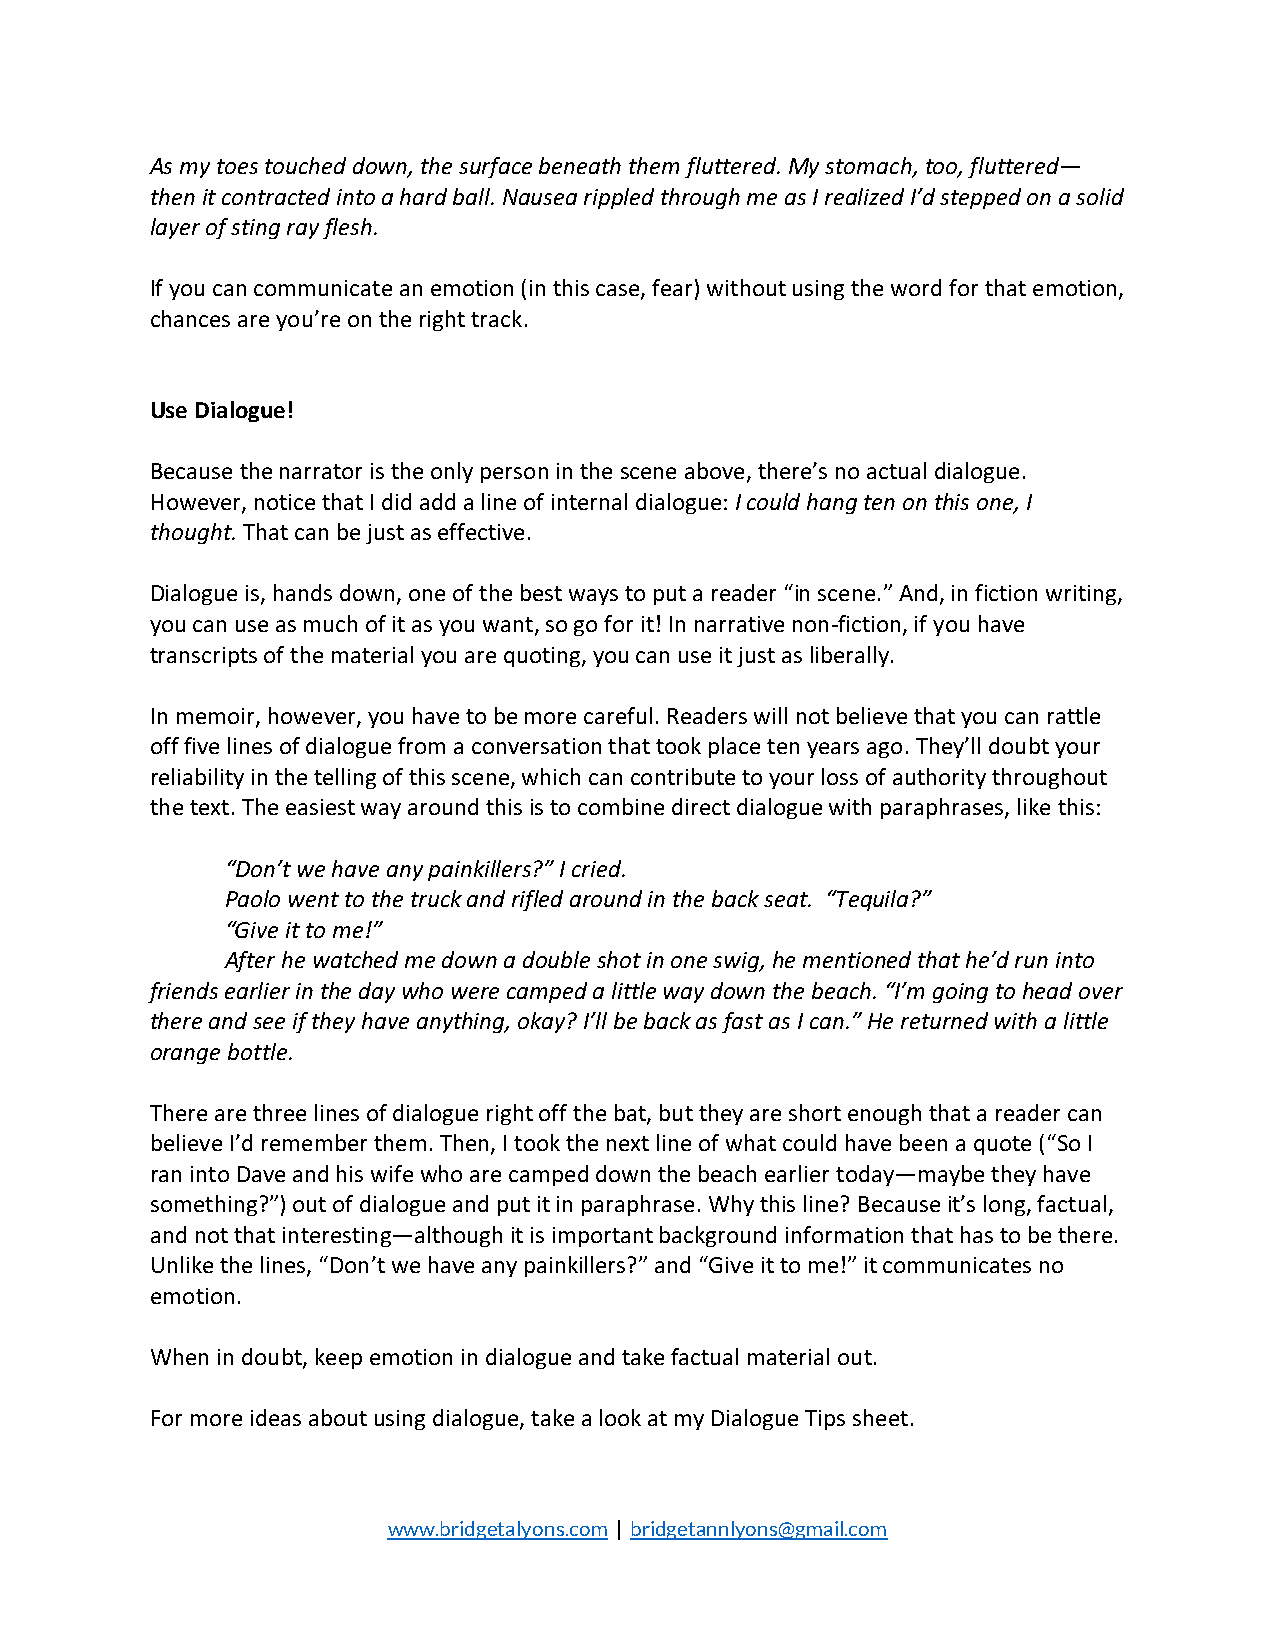
As my toes touched down, the surface beneath them fluttered. My stomach, too, fluttered—
 then it contracted into a hard ball. Nausea rippled through me as I realized I’d stepped on a solid
 layer of sting ray flesh.
 If you can communicate an emotion (in this case, fear) without using the word for that emotion,
 chances are you’re on the right track.
 Use Dialogue!
 Because the narrator is the only person in the scene above, there’s no actual dialogue.
 However, notice that I did add a line of internal dialogue: I could hang ten on this one, I
 thought. That can be just as effective.
 Dialogue is, hands down, one of the best ways to put a reader “in scene.” And, in fiction writing,
 you can use as much of it as you want, so go for it! In narrative non-fiction, if you have
 transcripts of the material you are quoting, you can use it just as liberally.
 In memoir, however, you have to be more careful. Readers will not believe that you can rattle
 off five lines of dialogue from a conversation that took place ten years ago. They’ll doubt your
 reliability in the telling of this scene, which can contribute to your loss of authority throughout
 the text. The easiest way around this is to combine direct dialogue with paraphrases, like this:
 “Don’t we have any painkillers?” I cried.
 Paolo went to the truck and rifled around in the back seat. “Tequila?”
 “Give it to me!”
 After he watched me down a double shot in one swig, he mentioned that he’d run into
 friends earlier in the day who were camped a little way down the beach. “I’m going to head over
 there and see if they have anything, okay? I’ll be back as fast as I can.” He returned with a little
 orange bottle.
 There are three lines of dialogue right off the bat, but they are short enough that a reader can
 believe I’d remember them. Then, I took the next line of what could have been a quote (“So I
 ran into Dave and his wife who are camped down the beach earlier today—maybe they have
 something?”) out of dialogue and put it in paraphrase. Why this line? Because it’s long, factual,
 and not that interesting—although it is important background information that has to be there.
 Unlike the lines, “Don’t we have any painkillers?” and “Give it to me!” it communicates no
 emotion.
 When in doubt, keep emotion in dialogue and take factual material out.
 For more ideas about using dialogue, take a look at my Dialogue Tips sheet.
 www.bridgetalyons.com | bridgetannlyons@gmail.com